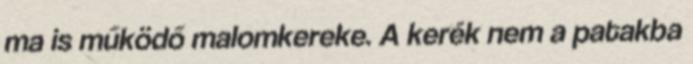
ma is működő malomkereke. A kerék nem a patakba